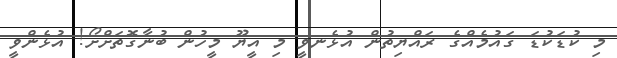
މި ކުޑަކުޑަ ގައުމެއްގެ ރައްޔިތުން އުޅެނވީ މި އީޔޫ މީހުން ބުނާގޮތަށްށޯ! އުޅެންވީ